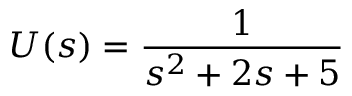
U ( s ) = { \frac { 1 } { s ^ { 2 } + 2 s + 5 } }